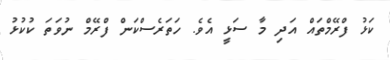
ކަޅު ފްރޭމްތައް އަދި މާ ސަޅީ އެވެ. ހަތަރެސްކަން ފްރޭމް ނުވަތަ ކުކުޅު